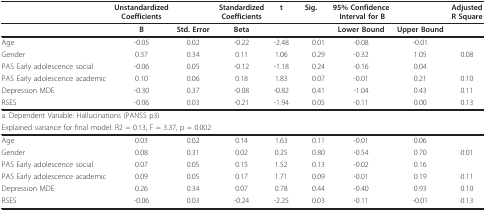
<table><thead><tr><td></td><td><b>UnstandardizedCoefficients</b></td><td></td><td><b>Standardized Coefficients</b></td><td><b>t</b></td><td><b> Sig.</b></td><td><b>95% Confidence Interval for B</b></td><td></td><td><b>AdjustedR Square</b></td></tr></thead><tbody><tr><td></td><td><b>B</b></td><td><b>Std. Error</b></td><td><b>Beta</b></td><td></td><td></td><td><b>Lower Bound</b></td><td><b>Upper Bound</b></td><td></td></tr><tr><td>Age</td><td>-0.05</td><td>0.02</td><td>-0.22</td><td>-2.48</td><td> 0.01</td><td>-0.08</td><td>-0.01</td><td></td></tr><tr><td>Gender</td><td>0.37</td><td>0.34</td><td>0.11</td><td>1.06</td><td> 0.29</td><td>-0.32</td><td>1.05</td><td>0.08</td></tr><tr><td>PAS Early adolescence social</td><td>-0.06</td><td>0.05</td><td>-0.12</td><td>-1.18</td><td> 0.24</td><td>-0.16</td><td>0.04</td><td></td></tr><tr><td>PAS Early adolescence academic</td><td>0.10</td><td>0.06</td><td>0.18</td><td>1.83</td><td> 0.07</td><td>-0.01</td><td>0.21</td><td>0.10</td></tr><tr><td>Depression MDE</td><td>-0.30</td><td>0.37</td><td>-0.08</td><td>-0.82</td><td> 0.41</td><td>-1.04</td><td>0.43</td><td>0.11</td></tr><tr><td>RSES</td><td>-0.06</td><td>0.03</td><td>-0.21</td><td>-1.94</td><td> 0.05</td><td>-0.11</td><td>0.00</td><td>0.13</td></tr><tr><td colspan="9">a. Dependent Variable: Hallucinations (PANSS p3)</td></tr><tr><td colspan="9">Explained variance for final model: R2 = 0.13, F = 3.37, p = 0.002</td></tr><tr><td>Age</td><td>0.03</td><td>0.02</td><td>0.14</td><td>1.63</td><td> 0.11</td><td>-0.01</td><td>0.06</td><td></td></tr><tr><td>Gender</td><td>0.08</td><td>0.31</td><td>0.02</td><td>0.25</td><td> 0.80</td><td>-0.54</td><td>0.70</td><td>0.01</td></tr><tr><td>PAS Early adolescence social</td><td>0.07</td><td>0.05</td><td>0.15</td><td>1.52</td><td> 0.13</td><td>-0.02</td><td>0.16</td><td></td></tr><tr><td>PAS Early adolescence academic</td><td>0.09</td><td>0.05</td><td>0.17</td><td>1.71</td><td> 0.09</td><td>-0.01</td><td>0.19</td><td>0.11</td></tr><tr><td>Depression MDE</td><td>0.26</td><td>0.34</td><td>0.07</td><td>0.78</td><td> 0.44</td><td>-0.40</td><td>0.93</td><td>0.10</td></tr><tr><td>RSES</td><td>-0.06</td><td>0.03</td><td>-0.24</td><td>-2.25</td><td> 0.03</td><td>-0.11</td><td>-0.01</td><td>0.13</td></tr></tbody></table>